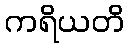
ကရိယတိ